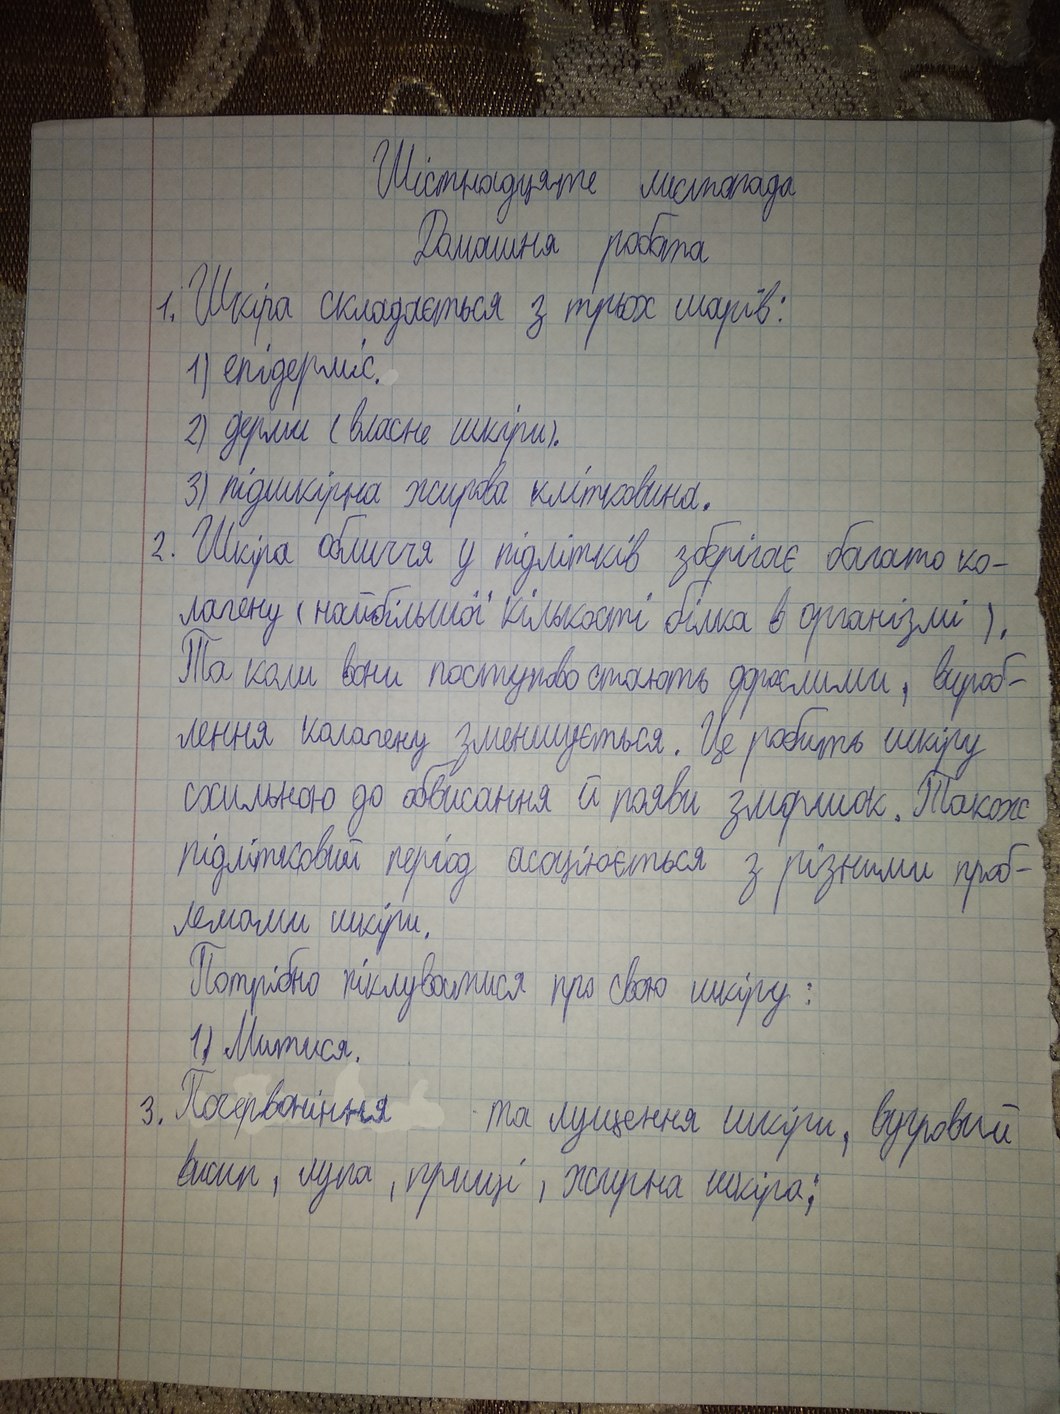
Шістнадцяте листопада
Домашня робота
1. Шкіра складається з трьох шарів:
1) епідерміс.
2) дерми (власне шкіри).
3) підшкірна жирова клітковина.
2. Шкіра обличчя у підлітків зберігає багато ко-
лагену (найбільшої кількості білка в організмі).
Та коли вони поступово стають дорослими, вироб-
лення колагену зменшується. Це робить шкіру
схильною до обвисання й появи зморшок. Також
підлітковий період асоціюється з різними проб-
лемами шкіри.
Потрібно піклуватися про свою шкіру:
1) Митися.
3. Почервоніння та лущення шкіри, вугровий
висип, лупа, прищі, жирна шкіра;